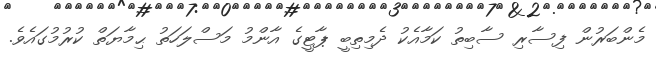
މެންބަރުން ފިސާރި ސާބިތު ކަމާއެކު ދެމިތިބީ ޕާޓީގެ އާންމު މަސްލަހަތު ޙިމާޔަތް ކުރުމުގައެވެ.